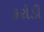
કરોડી